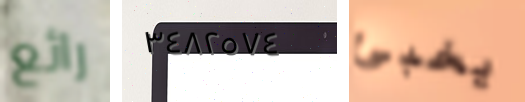
رائع ٣٤٨٢٥٧٤ يخبئ